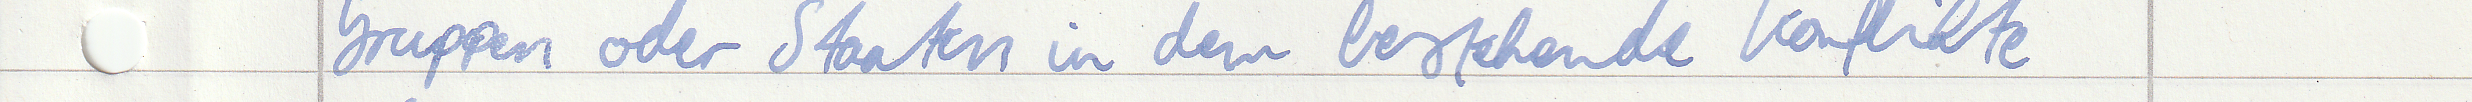
Gruppen oder Staaten in dem bestehende Konflikte